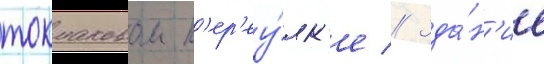
токмаковом п'ер'еу́лк'е // Зда́н'ие